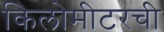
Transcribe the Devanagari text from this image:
किलोमीटरची